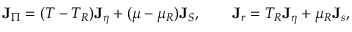
{ \bf J } _ { \Pi } = ( T - T _ { R } ) { \bf J } _ { \eta } + ( \mu - \mu _ { R } ) { \bf J } _ { S } , \qquad { \bf J } _ { r } = T _ { R } { \bf J } _ { \eta } + \mu _ { R } { \bf J } _ { s } ,